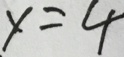
y = 4